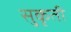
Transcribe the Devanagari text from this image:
सुकृती